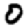
Digit: 0